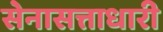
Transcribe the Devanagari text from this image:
सेनासत्ताधारी